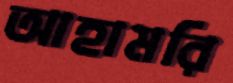
আহামরি